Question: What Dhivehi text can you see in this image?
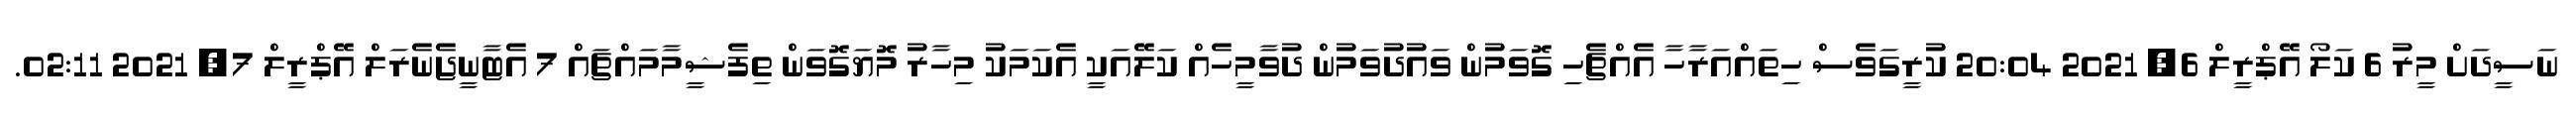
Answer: ނަސީދަށް މީރު 6 ކަލޯ އޭޕްރީލް 6, 2021 20:04 ކުރީގަވެސް ހިތައްއަރާހާ އެއްޗެހި ގޮވަމުން ވައުދުވަމުން ދުވާމީހެއް ކަލޭއަކީ އެކަމަކު މިހާރު މޮޔަގޮވަން ތިފެޝީމާމައްޗައް 7 އެޓާނީޖެނެރަލް އޭޕްރީލް 7, 2021 02:11.